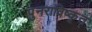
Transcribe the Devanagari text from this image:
पुनराविष्कृत